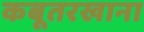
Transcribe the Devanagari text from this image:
कबूतरखाना